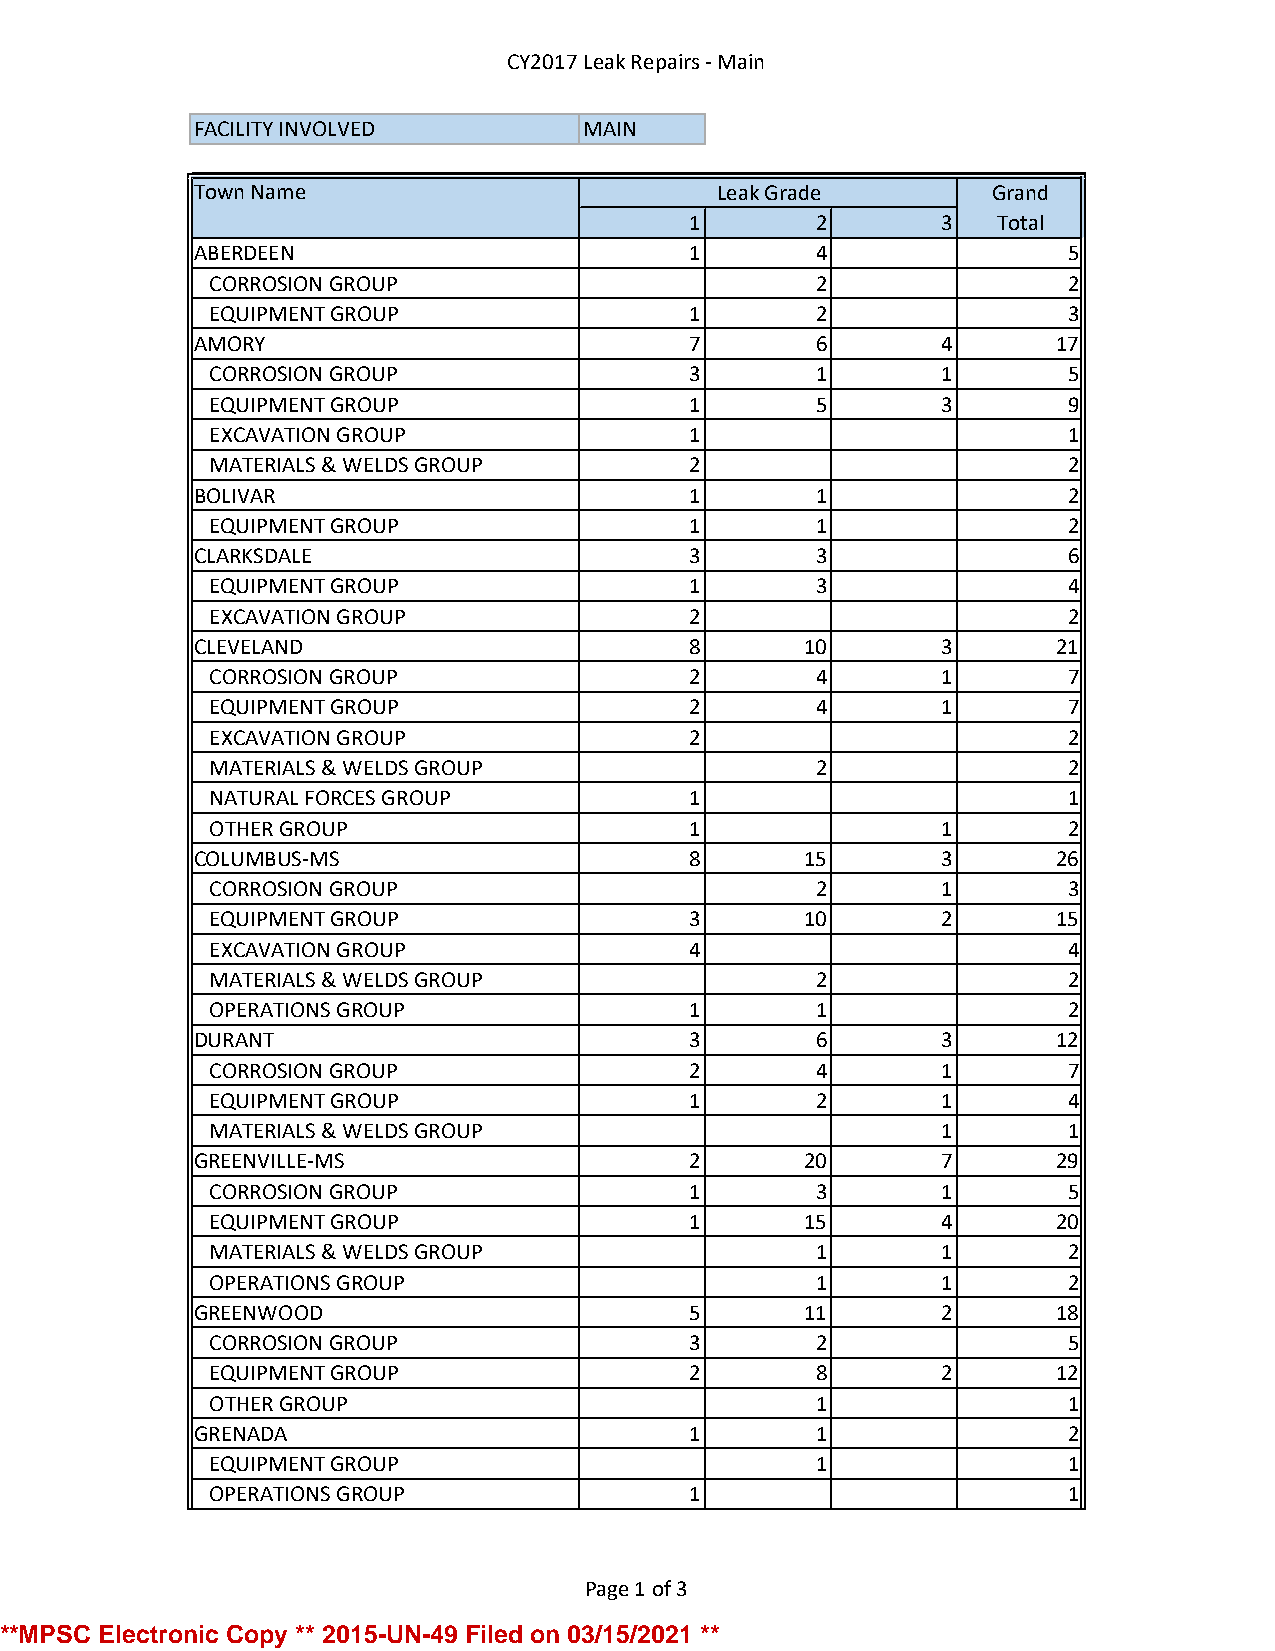
CY2017 Leak Repairs - Main
 FACILITY INVOLVED         MAIN
 Town Name                         Leak Grade         Grand
 1       2       3   Total
 ABERDEEN                         1       4                5
 CORROSION GROUP                         2                2
 EQUIPMENT GROUP                 1       2                3
 AMORY                            7       6       4       17
 CORROSION GROUP                 3       1       1        5
 EQUIPMENT GROUP                 1       5       3        9
 EXCAVATION GROUP                1                        1
 MATERIALS & WELDS GROUP         2                        2
 BOLIVAR                          1       1                2
 EQUIPMENT GROUP                 1       1                2
 CLARKSDALE                       3       3                6
 EQUIPMENT GROUP                 1       3                4
 EXCAVATION GROUP                2                        2
 CLEVELAND                        8      10       3       21
 CORROSION GROUP                 2       4       1        7
 EQUIPMENT GROUP                 2       4       1        7
 EXCAVATION GROUP                2                        2
 MATERIALS & WELDS GROUP                 2                2
 NATURAL FORCES GROUP            1                        1
 OTHER GROUP                     1               1        2
 COLUMBUS-MS                      8      15       3       26
 CORROSION GROUP                         2       1        3
 EQUIPMENT GROUP                 3      10       2       15
 EXCAVATION GROUP                4                        4
 MATERIALS & WELDS GROUP                 2                2
 OPERATIONS GROUP                1       1                2
 DURANT                           3       6       3       12
 CORROSION GROUP                 2       4       1        7
 EQUIPMENT GROUP                 1       2       1        4
 MATERIALS & WELDS GROUP                         1        1
 GREENVILLE-MS                    2      20       7       29
 CORROSION GROUP                 1       3       1        5
 EQUIPMENT GROUP                 1      15       4       20
 MATERIALS & WELDS GROUP                 1       1        2
 OPERATIONS GROUP                        1       1        2
 GREENWOOD                        5      11       2       18
 CORROSION GROUP                 3       2                5
 EQUIPMENT GROUP                 2       8       2       12
 OTHER GROUP                             1                1
 GRENADA                          1       1                2
 EQUIPMENT GROUP                         1                1
 OPERATIONS GROUP                1                        1
 Page 1 of 3
 **MPSC Electronic Copy ** 2015-UN-49 Filed on 03/15/2021 **